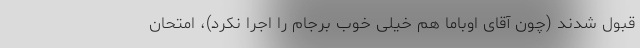
قبول شدند (چون آقای اوباما هم خیلی خوب برجام را اجرا نکرد)، امتحان